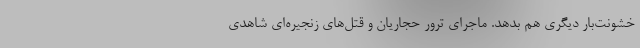
خشونت‌بار دیگری هم بدهد. ماجرای ترور حجاریان و قتل‌های زنجیره‌ای شاهدی